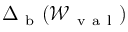
\Delta _ { \mathrm { ~ b ~ } } ( \mathcal { W } _ { \mathrm { ~ v ~ a ~ l ~ } } )